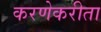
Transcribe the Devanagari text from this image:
करणेकरीता